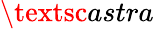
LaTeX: {\textsc{astra}}{}